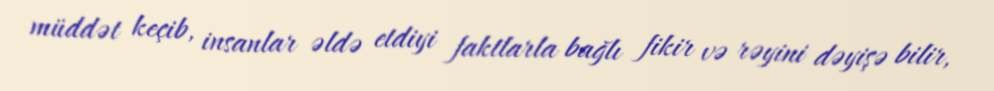
müddət keçib, insanlar əldə etdiyi faktlarla bağlı fikir və rəyini dəyişə bilir,